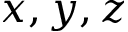
x , y , z